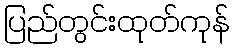
ပြည်တွင်းထုတ်ကုန်